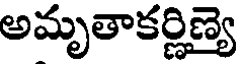
అమృతాకర్ణిణ్య